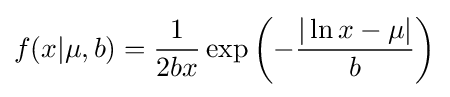
f(x|\mu ,b)={\frac {1}{2bx}}\exp \left(-{\frac {|\ln x-\mu |}{b}}\right)